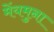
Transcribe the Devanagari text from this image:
मेंयमुना